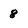
Character: 8